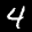
Label: 4